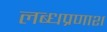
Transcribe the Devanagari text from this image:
लब्धप्रणाश